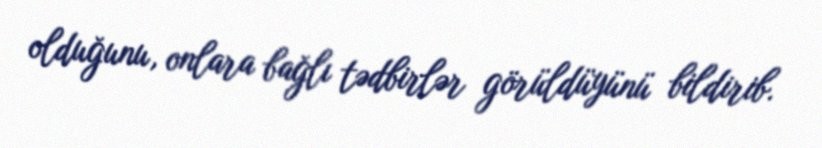
olduğunu, onlara bağlı tədbirlər görüldüyünü bildirib.